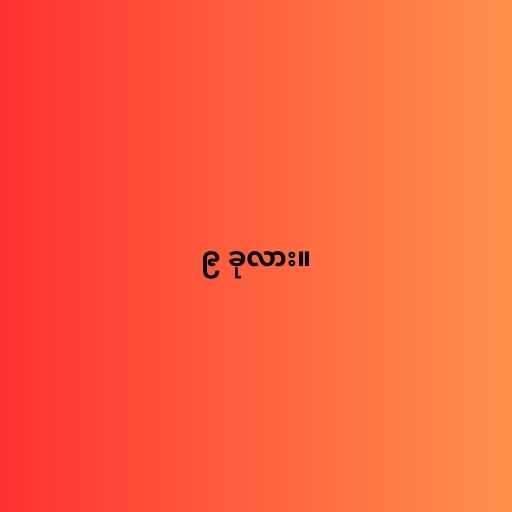
၉ ခုလား။